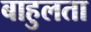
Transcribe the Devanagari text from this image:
बाहुलता